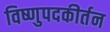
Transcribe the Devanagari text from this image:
विष्णुपदकीर्तन